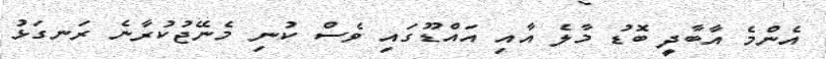
އެންމެ އާބާދީ ބޮޑު މާލެ އާއި އައްޑޫގައި ވެސް ކުނި މެނޭޖުކުރާނެ ރަނގަޅު